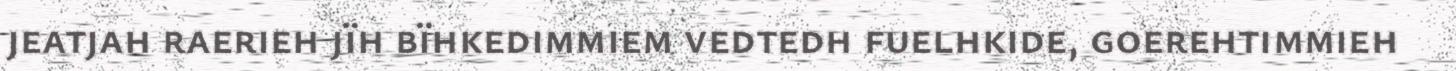
jeatjah raerieh jïh bïhkedimmiem vedtedh fuelhkide, goerehtimmieh